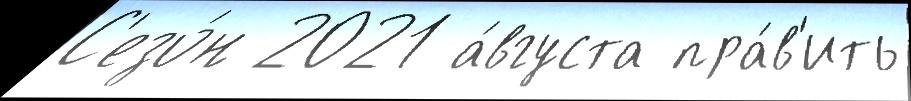
С'езо́н 2021 а́вгуста пра́в'ить